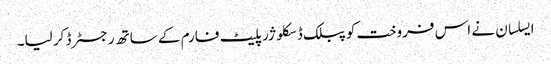
ایسلسان نے اس فروخت کو پبلک ڈسکلوژر پلیٹ فارم کے ساتھ رجسٹرڈ کر لیا۔